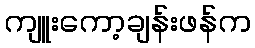
ကျူးကော့ချန်းဖန်က